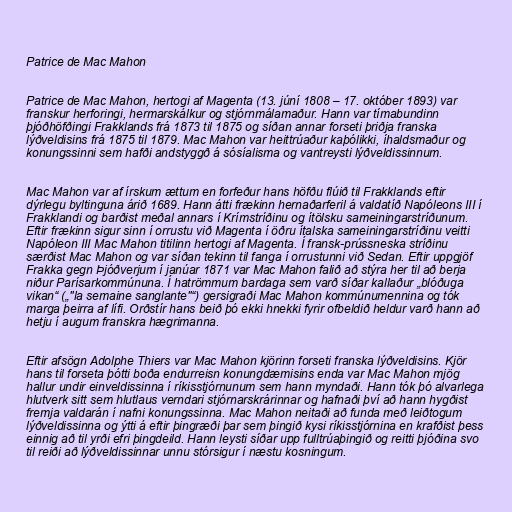
Patrice de Mac Mahon

Patrice de Mac Mahon, hertogi af Magenta (13. júní 1808 – 17. október 1893) var
franskur herforingi, hermarskálkur og stjórnmálamaður. Hann var tímabundinn
þjóðhöfðingi Frakklands frá 1873 til 1875 og síðan annar forseti þriðja franska
lýðveldisins frá 1875 til 1879. Mac Mahon var heittrúaður kaþólikki, íhaldsmaður og
konungssinni sem hafði andstyggð á sósíalisma og vantreysti lýðveldissinnum.

Mac Mahon var af írskum ættum en forfeður hans höfðu flúið til Frakklands eftir
dýrlegu byltinguna árið 1689. Hann átti frækinn hernaðarferil á valdatíð Napóleons III í
Frakklandi og barðist meðal annars í Krímstríðinu og ítölsku sameiningarstríðunum.
Eftir frækinn sigur sinn í orrustu við Magenta í öðru ítalska sameiningarstríðinu veitti
Napóleon III Mac Mahon titilinn hertogi af Magenta. Í fransk-prússneska stríðinu
særðist Mac Mahon og var síðan tekinn til fanga í orrustunni við Sedan. Eftir uppgjöf
Frakka gegn Þjóðverjum í janúar 1871 var Mac Mahon falið að stýra her til að berja
niður Parísarkommúnuna. Í hatrömmum bardaga sem varð síðar kallaður „blóðuga
vikan“ („"la semaine sanglante"“) gersigraði Mac Mahon kommúnumennina og tók
marga þeirra af lífi. Orðstír hans beið þó ekki hnekki fyrir ofbeldið heldur varð hann að
hetju í augum franskra hægrimanna.

Eftir afsögn Adolphe Thiers var Mac Mahon kjörinn forseti franska lýðveldisins. Kjör
hans til forseta þótti boða endurreisn konungdæmisins enda var Mac Mahon mjög
hallur undir einveldissinna í ríkisstjórnunum sem hann myndaði. Hann tók þó alvarlega
hlutverk sitt sem hlutlaus verndari stjórnarskrárinnar og hafnaði því að hann hygðist
fremja valdarán í nafni konungssinna. Mac Mahon neitaði að funda með leiðtogum
lýðveldissinna og ýtti á eftir þingræði þar sem þingið kysi ríkisstjórnina en krafðist þess
einnig að til yrði efri þingdeild. Hann leysti síðar upp fulltrúaþingið og reitti þjóðina svo
til reiði að lýðveldissinnar unnu stórsigur í næstu kosningum.